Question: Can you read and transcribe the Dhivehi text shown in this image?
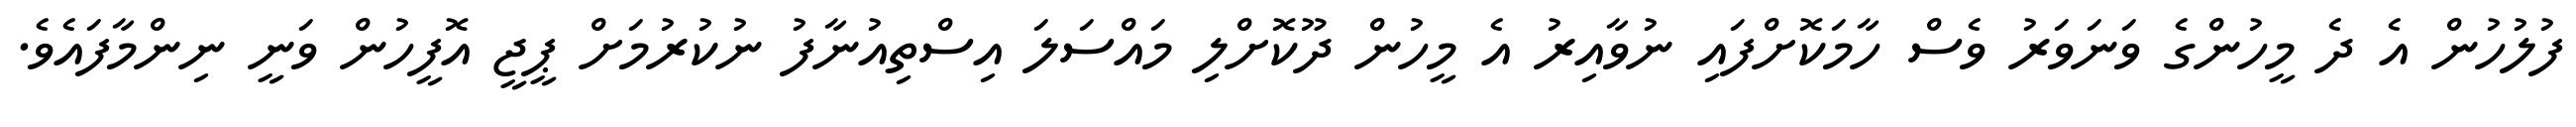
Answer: ފުލުހުން އެ ދެ މީހުންގެ ވަނަވަރު ވެސް ހާމަކޮށްފައި ނުވާއިރު އެ މީހުން ދޫކޮށްލި މައްސަލަ އިސްތިއުނާފު ނުކުރުމަށް ޕީޖީ އޮފީހުން ވަނީ ނިންމާފައެވެ.